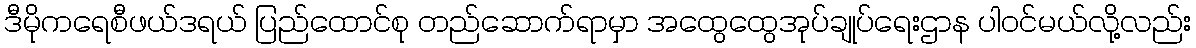
ဒီမိုကရေစီဖယ်ဒရယ် ပြည်ထောင်စု တည်ဆောက်ရာမှာ အထွေထွေအုပ်ချုပ်ရေးဌာန ပါဝင်မယ်လို့လည်း